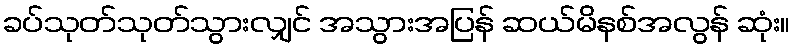
ခပ်သုတ်သုတ်သွားလျှင် အသွားအပြန် ဆယ်မိနစ်အလွန် ဆုံး။